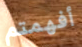
أفهمتم